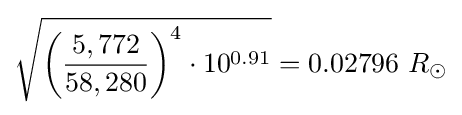
{\sqrt {{\biggl (}{\frac {5,772}{58,280}}{\biggr )}^{4}\cdot 10^{0.91}}}=0.02796\ R_{\odot }